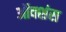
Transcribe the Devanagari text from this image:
ऑक्शंस